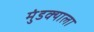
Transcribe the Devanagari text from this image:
मुंडक्याला